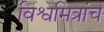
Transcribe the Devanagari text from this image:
विश्वमित्रांचे